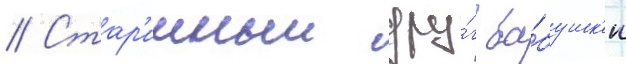
// Стар'инныи дру́г ба́бушк'и